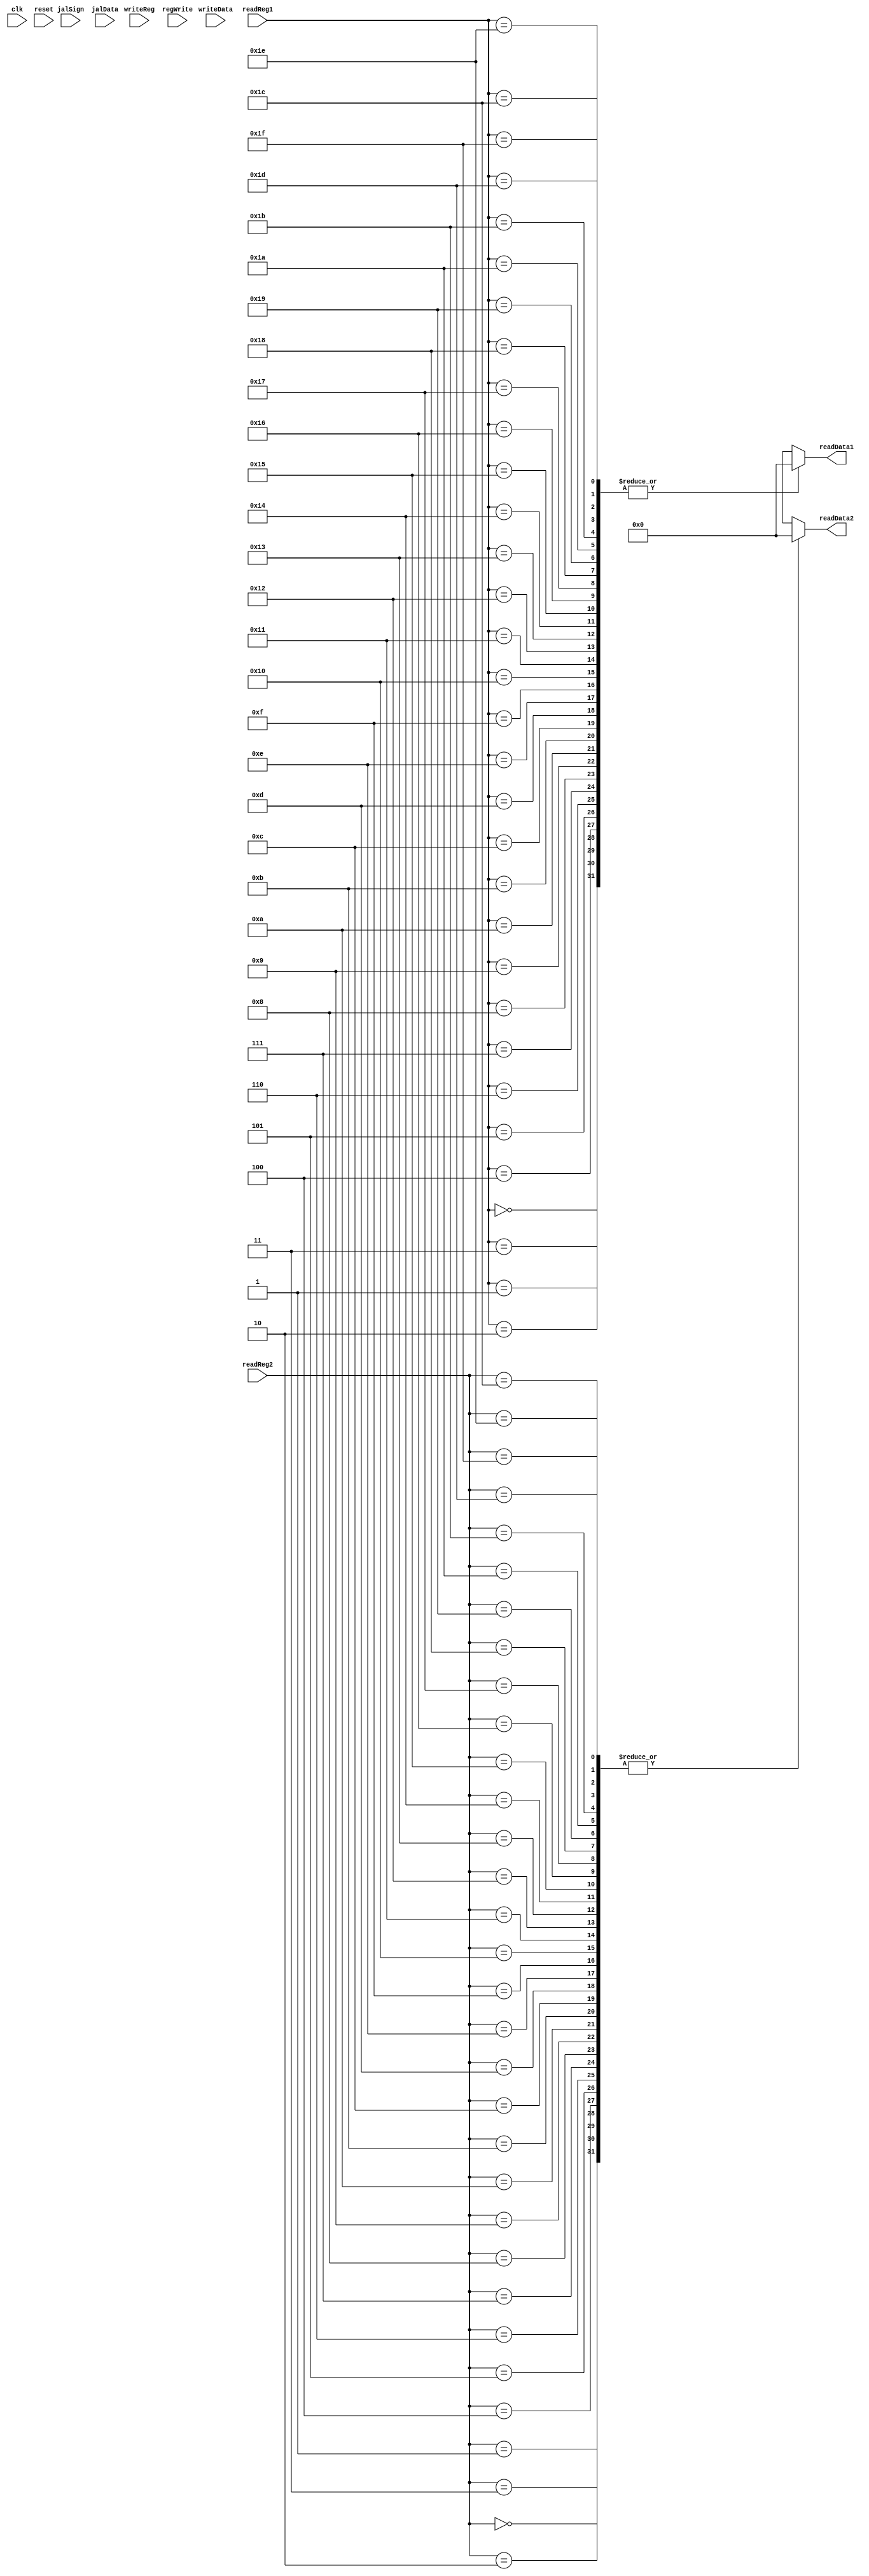
`timescale 1ns / 1ps
//////////////////////////////////////////////////////////////////////////////////
// Company: 
// Engineer: 
// 
// Design Name: 
// Module Name: Registers
// Project Name: 
// Target Devices: 
// Tool Versions: 
// Description: 
// 
// Dependencies: 
// 
// Revision:
// Revision 0.01 - File Created
// Additional Comments:
// 
//////////////////////////////////////////////////////////////////////////////////


module Registers(
    input [4:0] readReg1,
    input [4:0] readReg2,
    input [4:0] writeReg,
    input [31:0] writeData,
    input regWrite,
    input jalSign,
    input[31:0] jalData,
    input clk,
    input reset,
    output [31:0] readData1,
    output [31:0] readData2
    );
    reg [31:0] regFile [31:0];
    integer i;
    

    assign readData1=regFile[readReg1];
    assign readData2=regFile[readReg2];

    
    always @ (negedge clk)
    begin
        if(regWrite)begin
            regFile[writeReg]=writeData;
        end
        if(jalSign)begin
            regFile[31]=jalData;
        end
    end
    always@(reset)
    begin
        for(i=0;i<=31;i=i+1)
            regFile[i]=0;
    end
endmodule